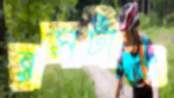
রসটাও